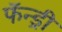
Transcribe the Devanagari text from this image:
फॅन्ड्री